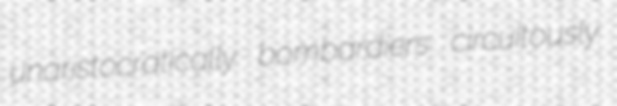
unaristocratically bombardiers circuitously